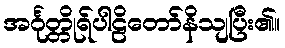
အင်္ဂုတ္တိုရ်ပါဠိတော်နိသျပြီး၏။